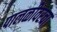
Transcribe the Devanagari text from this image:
पालळीवरचा